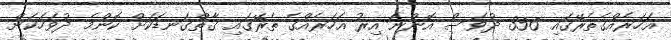
އަހަރެއްގެތެރޭގައި 356 ދުވަސް އޮންނަ އިރު އަހަރެއްގެ ތެރޭގައި ގާތްގަނޑަކަށް ކޮންމެ ދުވަހަކަށް